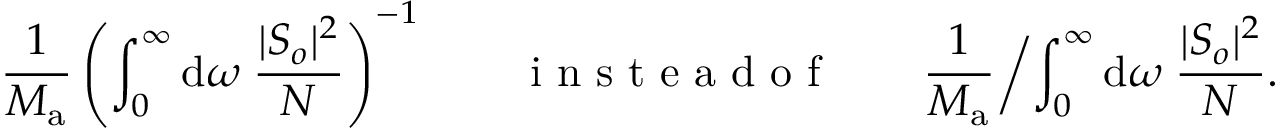
\frac { 1 } { M _ { \mathrm { a } } } \left( \int _ { 0 } ^ { \infty } \mathrm { d } \omega \; \frac { | S _ { o } | ^ { 2 } } { N } \right) ^ { - 1 } \qquad \mathrm { ~ i ~ n ~ s ~ t ~ e ~ a ~ d ~ o ~ f ~ } \qquad \frac { 1 } { M _ { \mathrm { a } } } \biggl / \int _ { 0 } ^ { \infty } \mathrm { d } \omega \; \frac { | S _ { o } | ^ { 2 } } { N } .